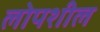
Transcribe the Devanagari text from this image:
लोपशील